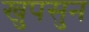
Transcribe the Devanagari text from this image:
खुपसुन